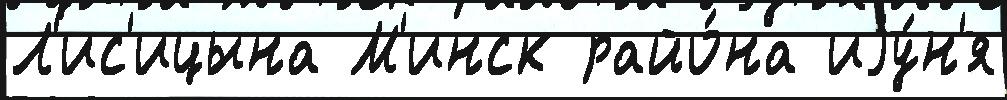
Л'ис'ицына М'инск райо́на иjу́н'я